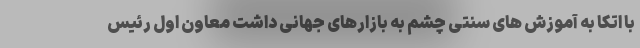
با اتکا به آموزش های سنتی چشم به بازارهای جهانی داشت معاون اول رئیس